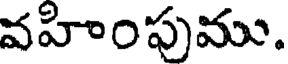
వహింపుము.